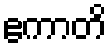
ဧကာတိ